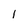
Character: 1